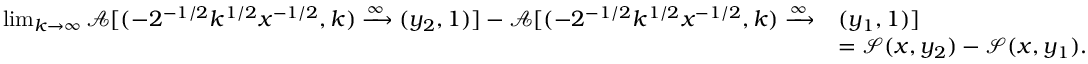
\begin{array} { r l } { \operatorname* { l i m } _ { k \to \infty } \mathcal { A } [ ( - 2 ^ { - 1 / 2 } k ^ { 1 / 2 } x ^ { - 1 / 2 } , k ) \xrightarrow { \infty } ( y _ { 2 } , 1 ) ] - \mathcal { A } [ ( - 2 ^ { - 1 / 2 } k ^ { 1 / 2 } x ^ { - 1 / 2 } , k ) \xrightarrow { \infty } } & { ( y _ { 1 } , 1 ) ] } \\ & { = \mathcal { S } ( x , y _ { 2 } ) - \mathcal { S } ( x , y _ { 1 } ) . } \end{array}